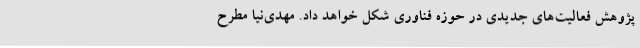
پژوهش فعالیت‌های جدیدی در حوزه فناوری شکل خواهد داد. مهدی‌نیا مطرح